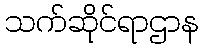
သက်ဆိုင်ရာဌာန